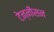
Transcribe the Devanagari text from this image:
टेन्नीसन